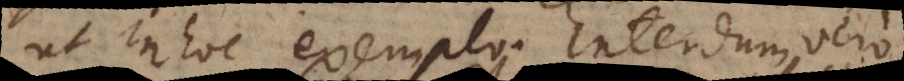
ut in hoc exemplo. Interdum vero